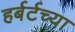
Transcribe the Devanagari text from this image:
हर्बर्टच्या